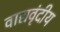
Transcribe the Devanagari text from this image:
वाद्यवृंदीय